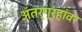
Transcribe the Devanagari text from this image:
अंतर्ग्रहांवर